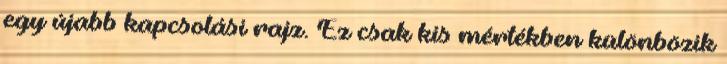
egy újabb kapcsolási rajz. Ez csak kis mértékben különbözik